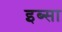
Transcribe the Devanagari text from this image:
इब्‍सा